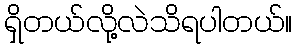
ရှိတယ်လို့လဲသိရပါတယ်။